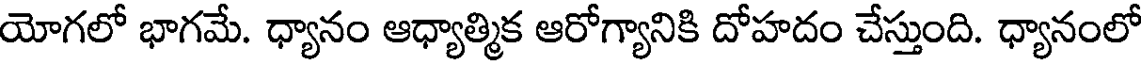
యోగలో భాగమే. ధ్యానం ఆధ్యాత్మిక ఆరోగ్యానికి దోహదం చేస్తుంది. ధ్యానంలో